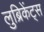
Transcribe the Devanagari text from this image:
लुब्रिकेंट्स